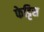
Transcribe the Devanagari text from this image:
फेट्टिस